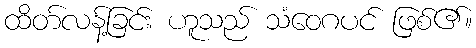
ထိတ်လန့်ခြင်း ဟူသည် သံဝေဂပင် ဖြစ်၏။